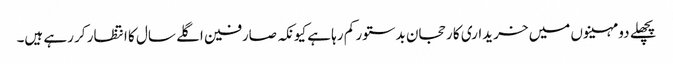
پچھلے دو مہینوں میں خریداری کا رحجان بدستور کم رہا ہے کیونکہ صارفین اگلے سال کا انتظار کر رہے ہیں۔